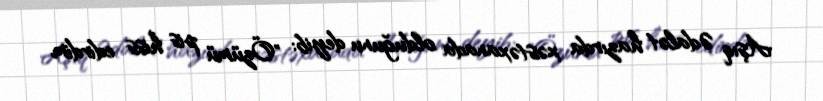
Aşıq Ədalət hazırda xəstəxanada olduğunu deyib: "Özümü pis hiss edirdim.